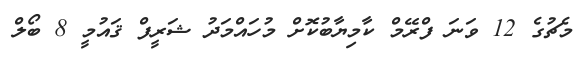
މެޗުގެ 12 ވަނަ ފްރޭމް ކާމިޔާބުކޮށް މުހައްމަދު ޝަރީފް ޤައުމީ 8 ބޯލް